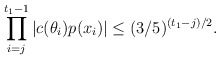
\begin{align*}\prod \limits_{i=j}^{t_1 - 1} |c(\theta_i)p(x_i)| \leq (3/5)^{(t_1 - j)/2}.\end{align*}